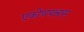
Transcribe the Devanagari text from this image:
एकोणपन्नास